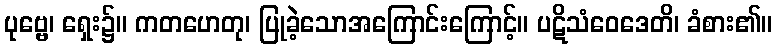
ပုဗ္ဗေ၊ ရှေး၌။ ကတဟေတု၊ ပြုခဲ့သောအကြောင်းကြောင့်။ ပဋိသံဝေဒေတိ၊ ခံစား၏။